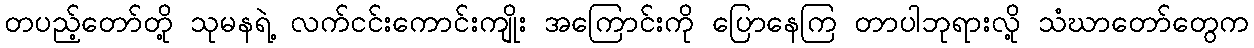
တပည့်တော်တို့ သုမနရဲ့ လက်ငင်းကောင်းကျိုး အကြောင်းကို ပြောနေကြ တာပါဘုရားလို့ သံဃာတော်တွေက